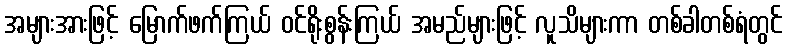
အများအားဖြင့် မြောက်ဖက်ကြယ် ဝင်ရိုးစွန်းကြယ် အမည်များဖြင့် လူသိများကာ တစ်ခါတစ်ရံတွင်